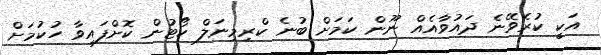
އަކީ ކުރެވޭނެ ދައުވާއެއް ނޫން ކަމަށް ބުނެ ކްރިމިނަލް ކޯޓުން ކޮށްފައިވާ ހުކުމަށް